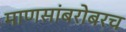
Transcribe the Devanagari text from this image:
माणसांबरोबरच